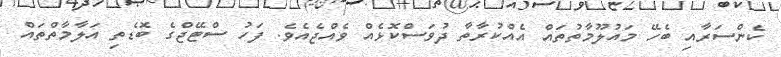
ކެންސަރާއި ބެހޭ މައުލޫމާތުތައް އެއްކުރާތާ ދުވަސްކޮޅެއް ވެއްޖެއެވެ. ފަހު ސްޓޭޖްގެ ބޮޑެތި އަލާމާތްތައް